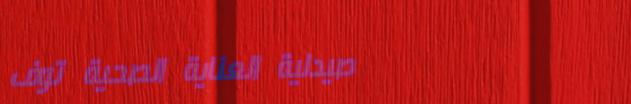
صيدلية العناية الصحية توف